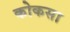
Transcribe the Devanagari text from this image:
कोकसा